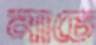
নাচে